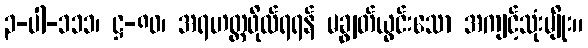
၃-ပါ-၁၁၁၊ ဋ္ဌ-၈၀၊ အရဟတ္တဖိုလ်ရရန် မချွတ်ယွင်းသော အကျင့်သုံးမျိုး။